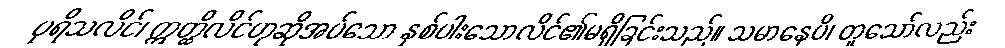
ပုရိသလိင်၊ ဣတ္ထိလိင်ဟုဆိုအပ်သော နှစ်ပါးသောလိင်၏မရှိခြင်းသည်။ သမာနေပိ၊ တူသော်လည်း